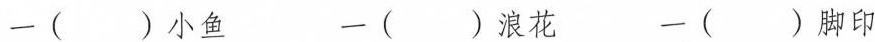
一( )小鱼 一( )浪花 一( )脚印